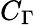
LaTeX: C_{\Gamma}